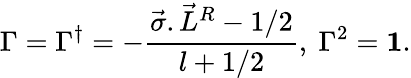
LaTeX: \Gamma=\Gamma^{\dagger}=-\frac{\vec{\sigma}.{\vec{L}}^{R}-1/2}{l+1/2},~\Gamma^{2}={\mathbf 1}.